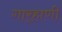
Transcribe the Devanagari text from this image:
गार्‍हाणी